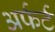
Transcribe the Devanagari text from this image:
अर्फर्ट